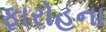
ફારોહના